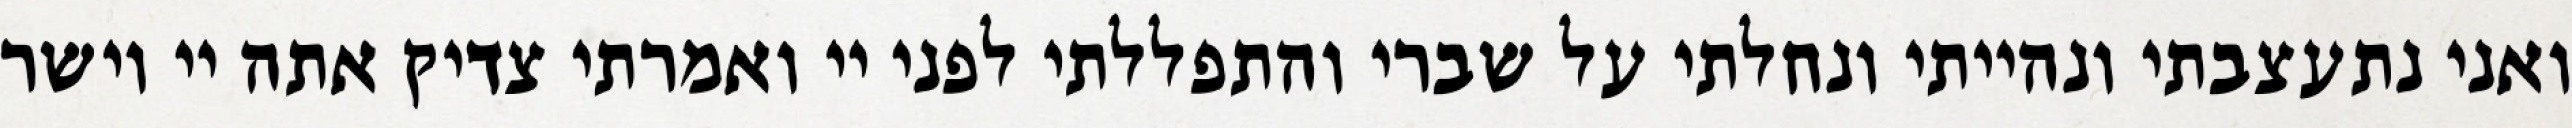
ואני נתעצבתי ונהייתי ונחלתי על שברי והתפללתי לפני יי ואמרתי צדיק אתה יי וישר